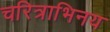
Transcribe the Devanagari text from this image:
चरित्राभिनय